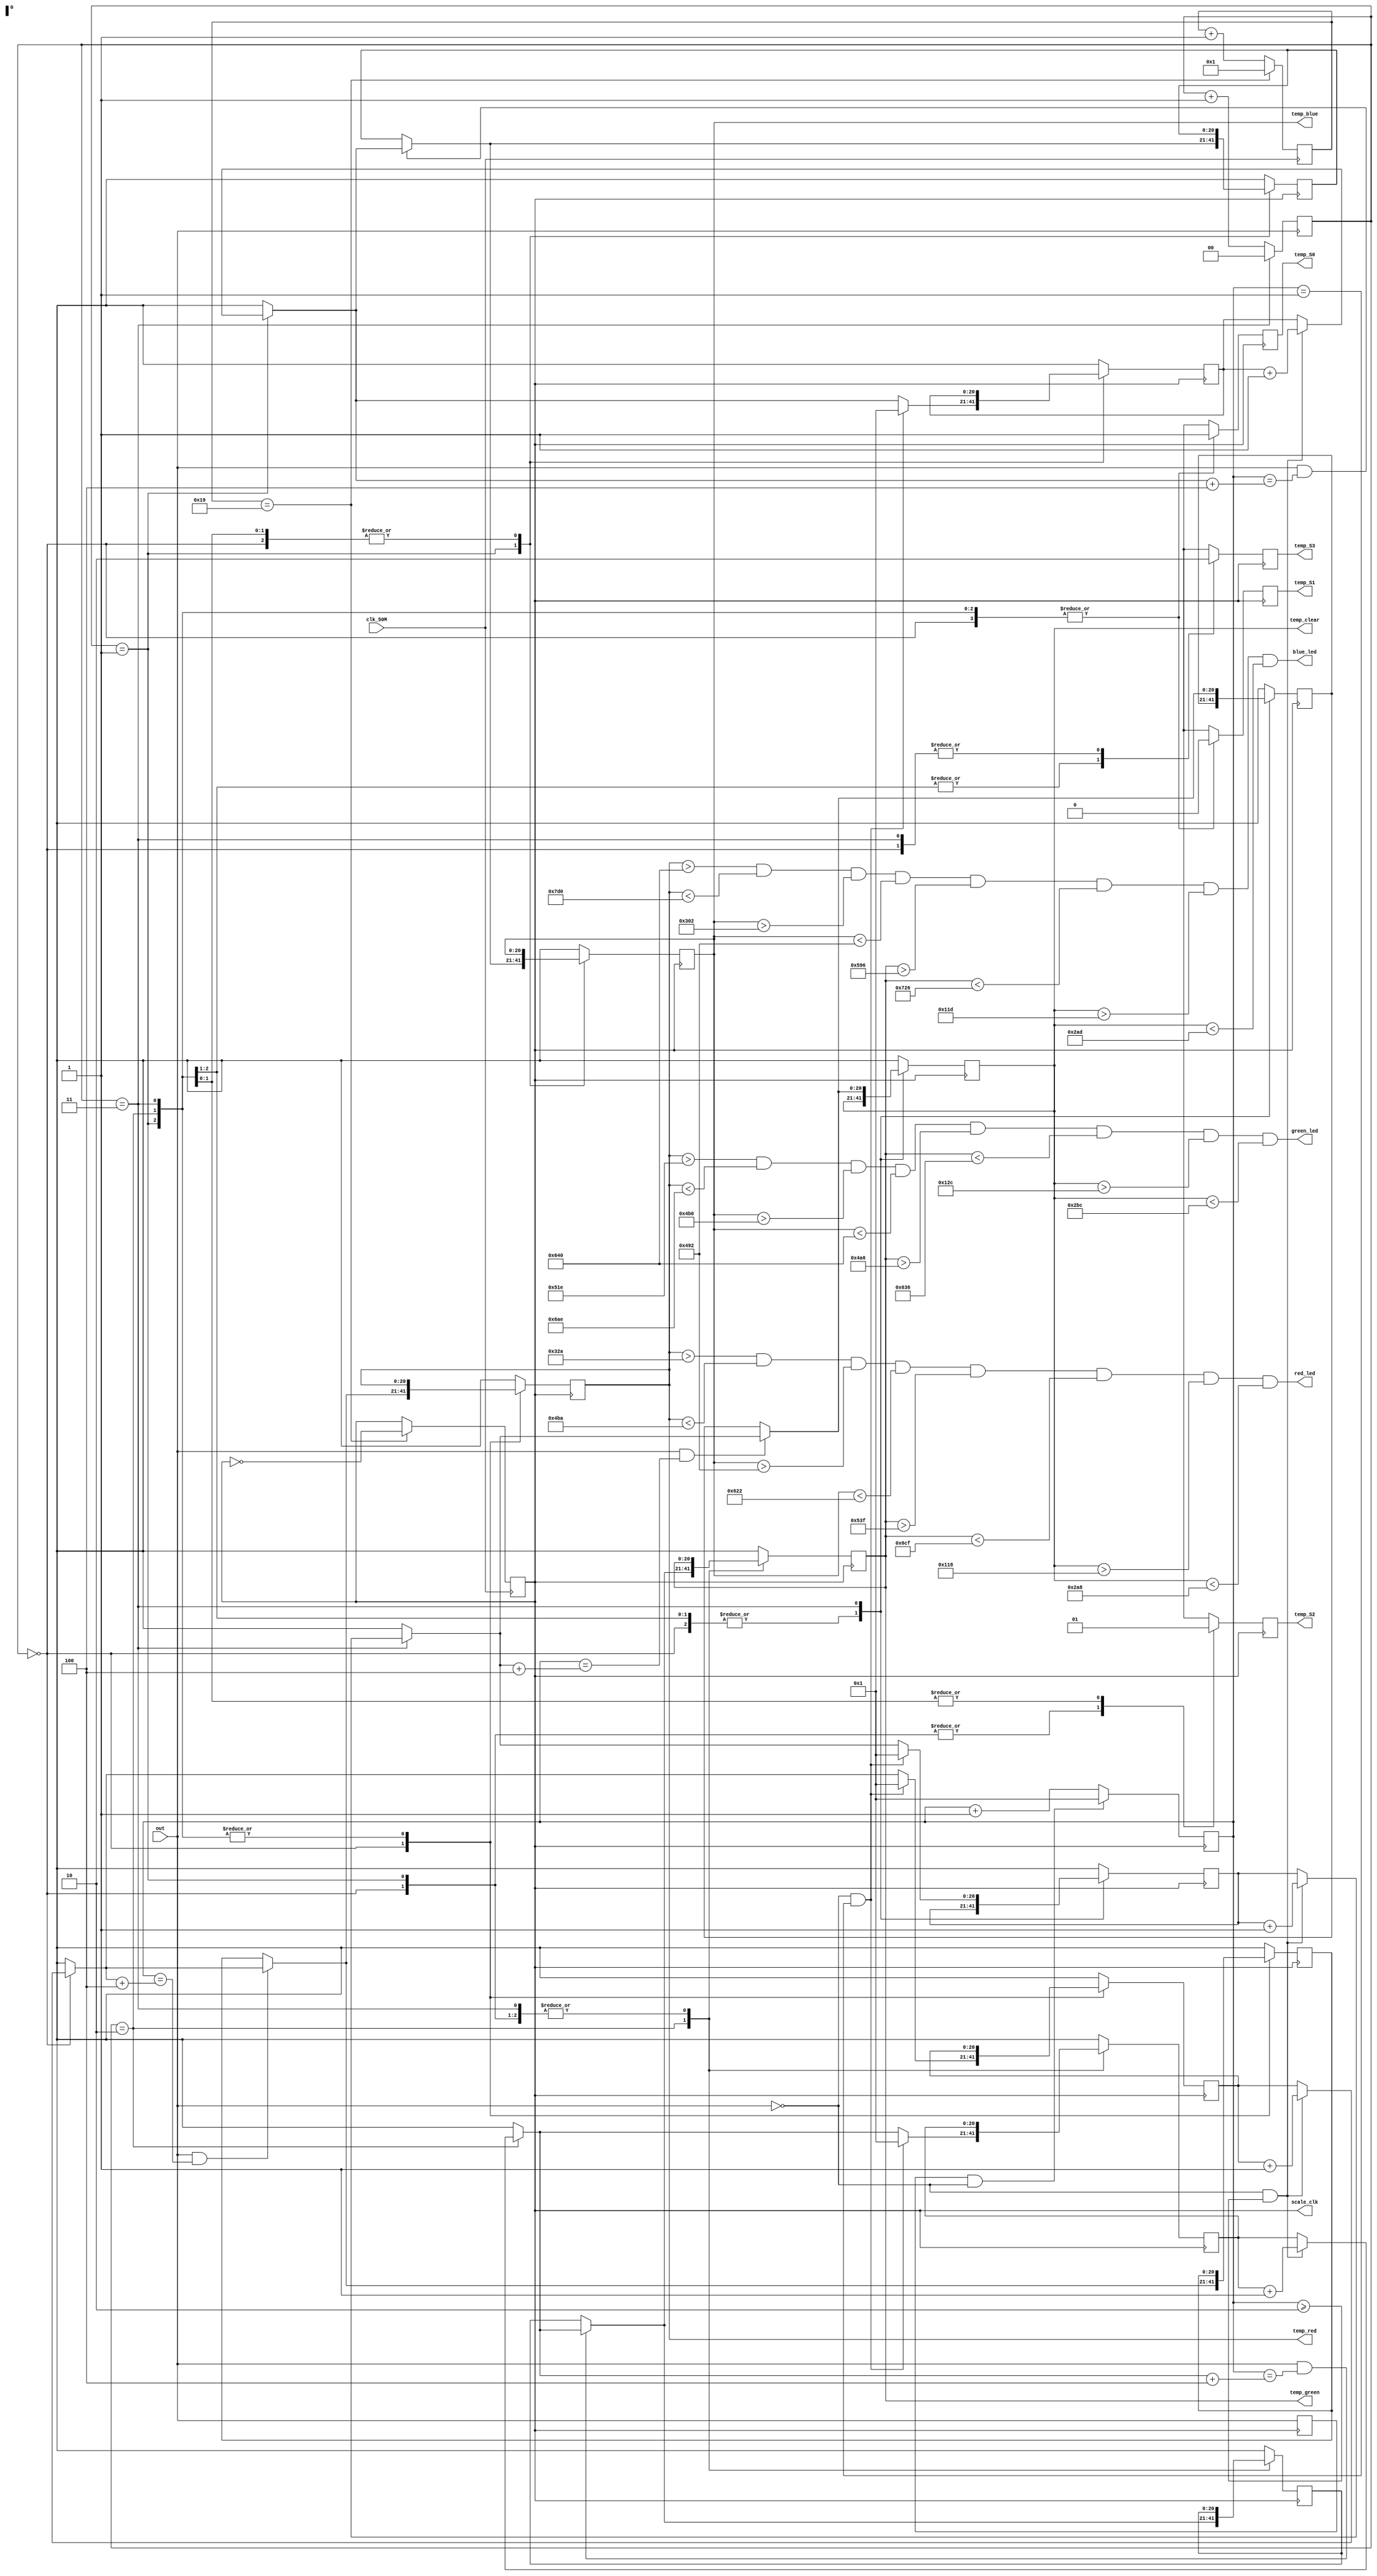
module SM2300_Task4_color_detection(
    input clk_50M, 
	 output scale_clk,
    input out,
	 output  temp_S0,temp_S1,temp_S2,temp_S3,
    output [20:0] temp_red, temp_blue , temp_green, temp_clear,
	 output red_led, blue_led, green_led
);


wire neg_edge;
reg [20:0]counter = 0;

reg [20:0] counter_new_red =0;
reg [20:0] counter_new_blue =0;
reg [20:0] counter_new_green=0;
reg [20:0] counter_new_clear =0;


reg [20:0] final_red=0;
reg [20:0] final_blue=0;
reg [20:0] final_green=0;
reg [20:0] final_clear=0;


reg [1:0] frame =0;
reg [20:0] blue=0;
reg [20:0] red=0;
reg [20:0] green =0;
reg [20:0] clear =0;
reg S0 =0; 
reg S1=0; 
reg S2=0;
reg S3=0;

reg temp_scale_clock = 0;
assign temp_S0 = S0;
assign temp_S1 = S1;
assign temp_S2 = S2;
assign temp_S3 = S3;

reg [4:0] count =0;
always@(posedge clk_50M)
begin

if(count==25)   // (50 / 2.5) = 20 // frequency divider
  begin
    temp_scale_clock = ~temp_scale_clock;
    count=1;
  
  end
else
  begin
    count=count+1;
  
  end
  
end

assign scale_clk = temp_scale_clock;


// simple flip/flip to store last value of signal
reg last = 0;
always @(posedge scale_clk) 
begin
    last <= out;
end

assign neg_edge  = last & (~out);

always @(posedge scale_clk) 
begin
counter = counter +1; // counter to keep track of clock until negedge of input signal(out) is detected
if (neg_edge ==1)
  counter =1;
end 



always @(negedge out) begin
if(frame ==3) frame =0;
			else frame = frame +1;
	     end
always @(posedge scale_clk) begin
case (frame)
0: begin S0 =1; S1 = 0 ; S2 = 0; S3 =0;
	if((out==0 )&& (counter>=2))
	 begin counter_new_red=  counter_new_red +1;   // counter_new to store value of red green blue color 
	      end

	if(out ==1&&counter==(counter_new_red+4))
	begin final_red = counter_new_red; end

	if((out==0) && (counter ==1)) 
	begin counter_new_red =1; end
   red = final_red; 
	 
   end
1: begin S0 =1; S1 = 0 ; S2 = 0; S3 =1;

	if((out==0 )&& (counter>=2))
	 begin counter_new_blue=  counter_new_blue +1;   // counter_new to store value of red green blue color 
	      end

	if(out ==1&&counter==(counter_new_blue+4))
	begin final_blue = counter_new_blue; end

	if((out==0) && (counter ==1)) 
	begin counter_new_blue =1; end
   blue = final_blue;
   end
2: begin S0 =1; S1 = 0 ; S2 = 1; S3 =1;

	if((out==0 )&& (counter>=2))
	 begin counter_new_green=  counter_new_green +1;   // counter_new to store value of red green blue color 
	      end

	if(out ==1&&counter==(counter_new_green+4))
	begin final_green = counter_new_green; end

	if((out==0) && (counter ==1)) 
	begin counter_new_green =1; end
   green= final_green;
   end
3 : begin  S0 =1; S1 = 0 ; S2 = 1; S3 =0;

	if((out==0 )&& (counter>=2))
	 begin counter_new_clear=  counter_new_clear +1;   // counter_new to store value of red green blue color 
	      end

	if(out ==1&&counter==(counter_new_clear+4))
	begin final_clear = counter_new_clear; end

	if((out==0) && (counter ==1)) 
	begin counter_new_clear =1; end
      clear = final_clear ;
		end
endcase
end

assign temp_red = red;
assign temp_clear = clear;
assign temp_blue = blue;
assign temp_green = green;
assign red_led = ( (temp_red >1010-200 ) &&( temp_red < 1010+200)&&(temp_blue > 1370-200) &&( temp_blue < 1370+200)&&(temp_green > 1543-200) &&( temp_green < 1543+200)&&(temp_clear>480-200) &&( temp_clear < 480+200));
assign blue_led = ( (temp_red > 1800-200) &&( temp_red < 1800+200)&&(temp_blue >970-200) &&( temp_blue < 970+200)&&(temp_green > 1630-200) &&( temp_green < 1630+200)&&(temp_clear> 485-200) &&( temp_clear < 485+200));
assign green_led = ( (temp_red > 1510-200) &&( temp_red < 1510+200)&&(temp_blue > 1400-200) &&( temp_blue < 1400+200)&&(temp_green > 1390-200) &&( temp_green < 1390+200)&&(temp_clear> 500-200) &&( temp_clear < 500+200));

endmodule